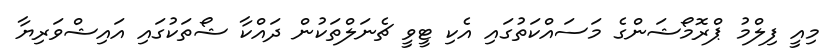
މިއީ ފިލްމު ޕްރޮމޯޝަންގެ މަސައްކަތުގައި އެކި ޓީވީ ޗެނަލްތަކުން ދައްކާ ޝޯތަކުގައި އައިޝްވަރިޔާ